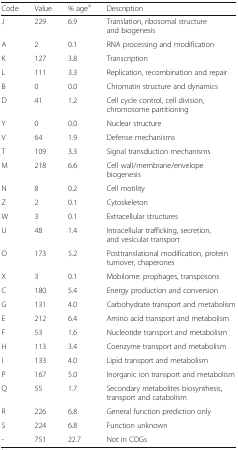
<table><thead><tr><td><b>Code</b></td><td><b>Value</b></td><td><b>% age<sup>a</sup></b></td><td><b>Description</b></td></tr></thead><tbody><tr><td>J</td><td>229</td><td>6.9</td><td>Translation, ribosomal structure and biogenesis</td></tr><tr><td>A</td><td>2</td><td>0.1</td><td>RNA processing and modification</td></tr><tr><td>K</td><td>127</td><td>3.8</td><td>Transcription</td></tr><tr><td>L</td><td>111</td><td>3.3</td><td>Replication, recombination and repair</td></tr><tr><td>B</td><td>0</td><td>0.0</td><td>Chromatin structure and dynamics</td></tr><tr><td>D</td><td>41</td><td>1.2</td><td>Cell cycle control, cell division, chromosome partitioning</td></tr><tr><td>Y</td><td>0</td><td>0.0</td><td>Nuclear structure</td></tr><tr><td>V</td><td>64</td><td>1.9</td><td>Defense mechanisms</td></tr><tr><td>T</td><td>109</td><td>3.3</td><td>Signal transduction mechanisms</td></tr><tr><td>M</td><td>218</td><td>6.6</td><td>Cell wall/membrane/envelope biogenesis</td></tr><tr><td>N</td><td>8</td><td>0.2</td><td>Cell motility</td></tr><tr><td>Z</td><td>2</td><td>0.1</td><td>Cytoskeleton</td></tr><tr><td>W</td><td>3</td><td>0.1</td><td>Extracellular structures</td></tr><tr><td>U</td><td>48</td><td>1.4</td><td>Intracellular trafficking, secretion, and vesicular transport</td></tr><tr><td>O</td><td>173</td><td>5.2</td><td>Posttranslational modification, protein turnover, chaperones</td></tr><tr><td>X</td><td>3</td><td>0.1</td><td>Mobilome: prophages, transposons</td></tr><tr><td>C</td><td>180</td><td>5.4</td><td>Energy production and conversion</td></tr><tr><td>G</td><td>131</td><td>4.0</td><td>Carbohydrate transport and metabolism</td></tr><tr><td>E</td><td>212</td><td>6.4</td><td>Amino acid transport and metabolism</td></tr><tr><td>F</td><td>53</td><td>1.6</td><td>Nucleotide transport and metabolism</td></tr><tr><td>H</td><td>113</td><td>3.4</td><td>Coenzyme transport and metabolism</td></tr><tr><td>I</td><td>133</td><td>4.0</td><td>Lipid transport and metabolism</td></tr><tr><td>P</td><td>167</td><td>5.0</td><td>Inorganic ion transport and metabolism</td></tr><tr><td>Q</td><td>55</td><td>1.7</td><td>Secondary metabolites biosynthesis, transport and catabolism</td></tr><tr><td>R</td><td>226</td><td>6.8</td><td>General function prediction only</td></tr><tr><td>S</td><td>224</td><td>6.8</td><td>Function unknown</td></tr><tr><td>-</td><td>751</td><td>22.7</td><td>Not in COGs</td></tr></tbody></table>